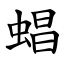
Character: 䗉